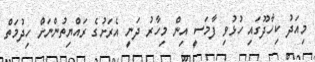
މިއަދު ކިހާދޫގައި ހުޅުވި ފާމަސީ އިން މިހާރު ދަނީ އެރަށުގެ ރައްޔިތުންނަށް ހިދުމަތް